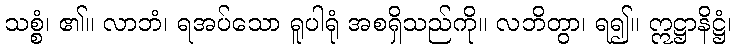
သစ္စံ၊ ၏။ လာဘံ၊ ရအပ်သော ရူပါရုံ အစရှိသည်ကို။ လဘိတွာ၊ ရ၍။ ဣဋ္ဌာနိဋ္ဌံ၊